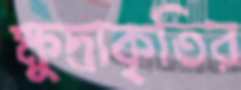
ক্ষুদ্রাকৃতির